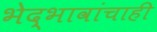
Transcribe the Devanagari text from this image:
भेद्भावांचाही